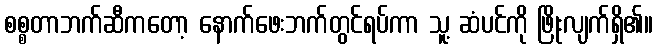
စစ္စတာဘက်ဆီကတော့ နောက်ဖေးဘက်တွင်ရပ်ကာ သူ့ ဆံပင်ကို ဖြိုးလျက်ရှိ၏။